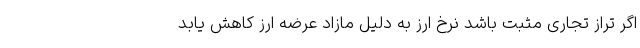
اگر تراز تجاری مثبت باشد نرخ ارز به دلیل مازاد عرضه ارز کاهش یابد